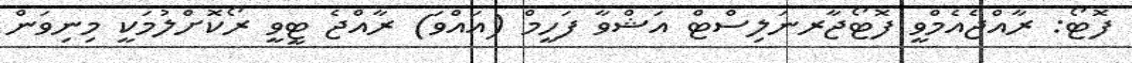
ފޮޓޯ: ރާއްޖެއެމްވީ ފޮޓޯޖާރނަލިސްޓް އަޝްވާ ފަހީމް (އައްވަ) ރާއްޖެ ޓީވީ ރޯކޮށްލުމަކީ މިނިވަން